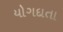
યોગદાતા